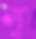
স্